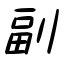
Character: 副